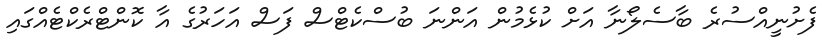
ފެށުނީއްސުރެ ބާސެލޯނާ އަށް ކުޅެމުން އަންނަ ބުސްކެޓްސް ފަސް އަހަރުގެ އާ ކޮންޓްރެކްޓެއްގައި